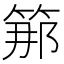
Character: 𥭵